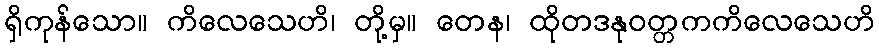
ရှိကုန်သော။ ကိလေသေဟိ၊ တို့မှ။ တေန၊ ထိုတဒနုဝတ္တကကိလေသေဟိ